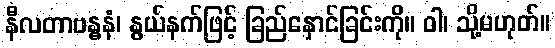
နီလတာဗန္ဓနံ၊ နွယ်နက်ဖြင့် ခြည်နှောင်ခြင်းကို။ ဝါ၊ သို့မဟုတ်။